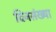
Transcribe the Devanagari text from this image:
दिनसंख्या